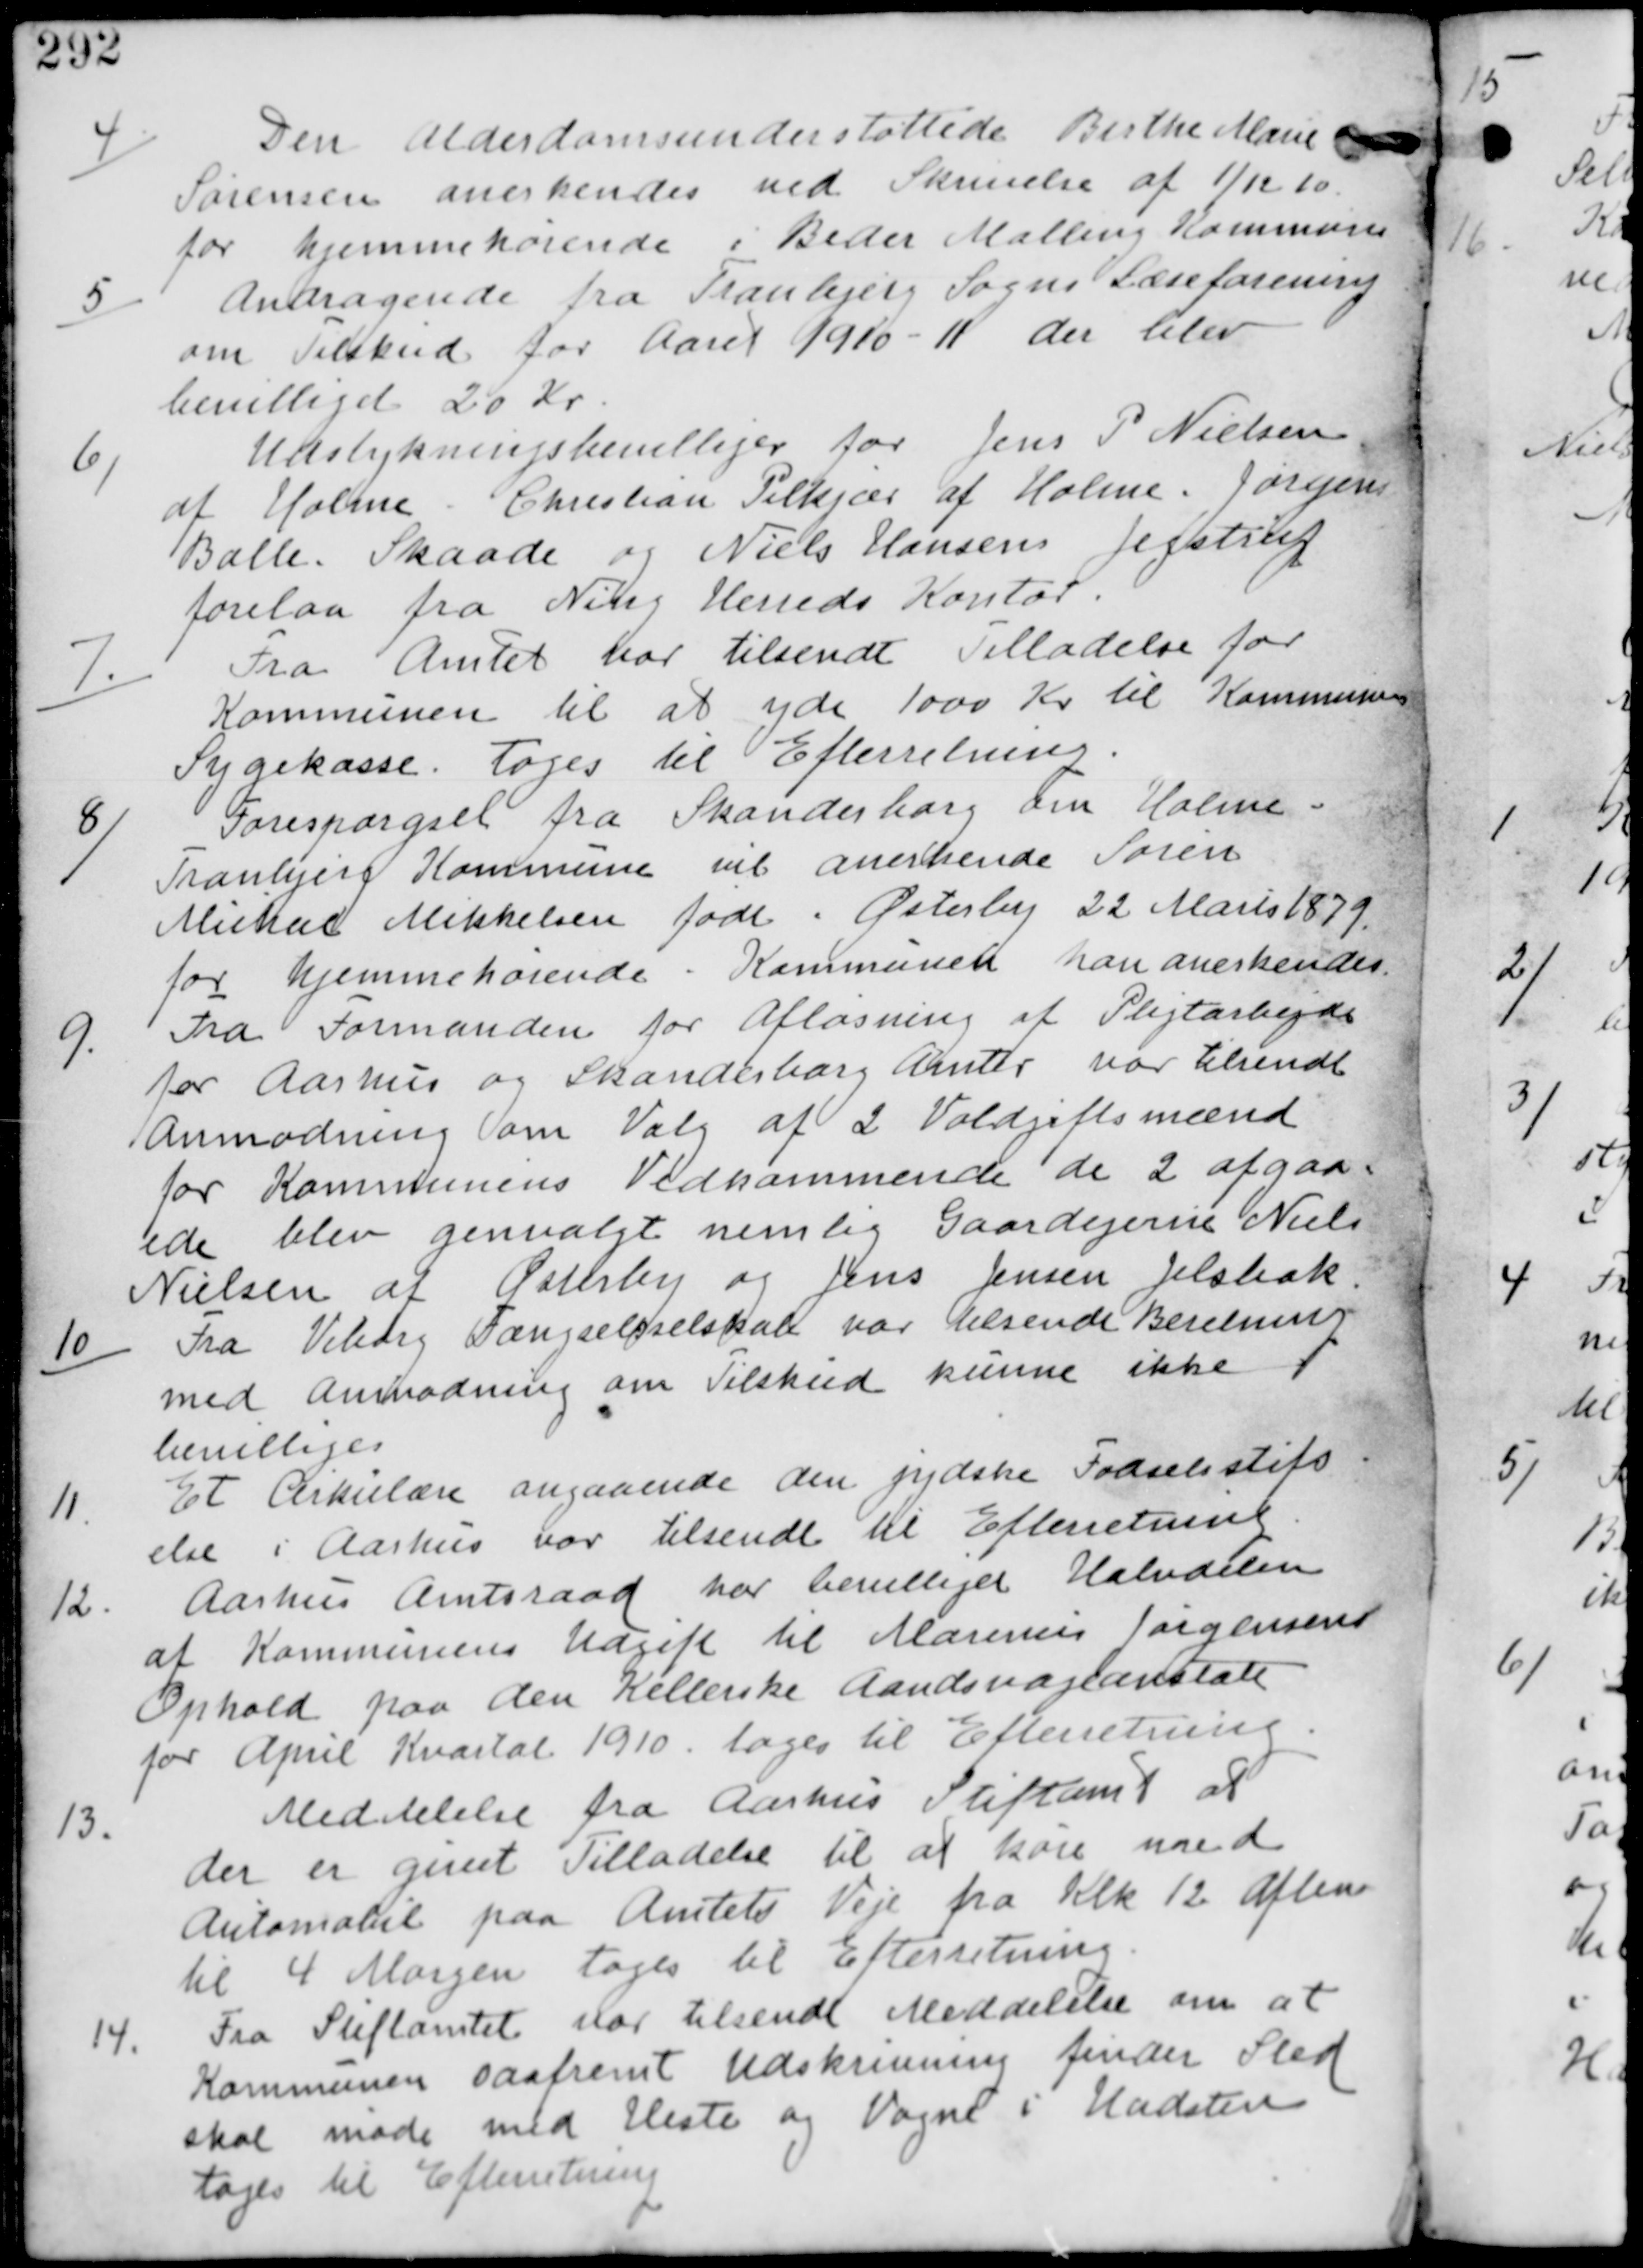
Transskription:
4/
Den Alderdomsunderstøttede Birthe Marie
Sørensen anerkendes ved Skrivelse af 1/12-10
for hjemmehørense i Beder Malling Kommune

5/
Andragende fra Tranbjerg Sogns Læseforening
om Tilskud for Aaret 1910-11. der blev
bevilliget 20 Kr

6/
Udstykningsbevilliger for Jens P Nielsen
af Holme Christian Pilkjær af Holme. Jørgen
Balle. Skaade og Niels Hansen Jegstrup
forelaa fra Ning Herreds Kontor.

7/
Fra Amtet var tilsendt Tilladelse for
Kommunen til at yde 1000 Kr til Kommunens
Sygekasse. Tages til Efterretning.

8/
Forespørgsel fra Skanderborg om Holme-
Tranbjerg Kommune vil anerkende Søren
Mikael Mikkelsen født i Østerby 22 Marts 1879
for hjemmehørende i Kommunen han anerkendes.

9.
Fra Formanden for Afløsning af Pligtarbejde
for Aarhus og Skanderborg Amter var tilsendt
anmodning om Valg af 2 Voldgiftsmænd
for Kommunens Vedkommende de 2 afgaa-
ed blev genvalgt nemlig Gaardejerne Niels
Nielsen af Østerby og Jens Jensen Jelsbak.

10/
Fra Viborg Fængselsselskab var tilsendt Beretning
med Anmodning om Tilskud kunne ikke
bevilliges.

11.
Et Cirkulære angaaende den jydske Fødselsstifts
else i Aarhus var tilsendt til Efterretning.

12.
Aarhus Amtsraad har bevilliget Halvdelen
af Kommunens Udgift til Marinus Jørgensens
Ophold paa den Kellerske Aandsvageanstalt
for April Kvartal 1910. tages til Efterretning.

13.
Meddelelse fra Aarhus Stiftamt at
der er givet Tilladelse til at køre med
Automobil paa Amtets Veje fra Klk 12 Aften
til 4 Morgen tages til Efterretning.

14.
Fra Stiftamtet var tilsendt Meddelelse om at
Kommunen saafremt Udskrivning finder Sted
skal møde med Heste og Vogne i Hadsten
tages til Efterretning.